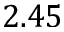
2 . 4 5